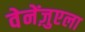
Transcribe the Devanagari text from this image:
वेनेंज़ुएला